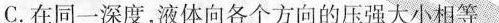
C.在同一深度，液体向各个方向的压强大小相等